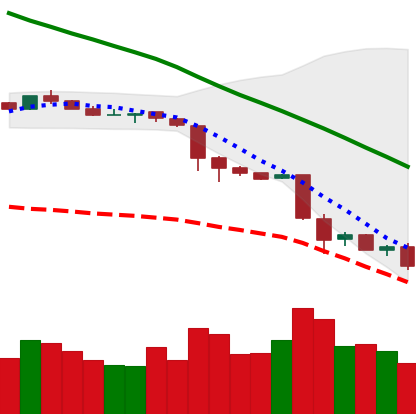
Ticker: NEO-USD
Chart end date: 2018-11-24
Forward return: 12.79%
Label: up_7plus